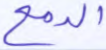
الدمع